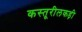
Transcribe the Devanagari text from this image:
कस्तूरीलकड़ी